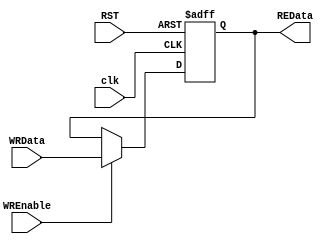
module REGISTER #(parameter DataWidth =32) (
    input wire [DataWidth-1:0] WRData,
    input wire                 WREnable,
    input wire                 clk,
    input wire                 RST,
    output reg [DataWidth-1:0] REData
);
    
always @(posedge clk or negedge RST ) begin
    if (!RST) begin
        REData<='b0;
        
    end else begin
        if (WREnable==1'b1) begin
            REData<=WRData;
        end
        
    end
end

endmodule